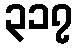
၃၁၇